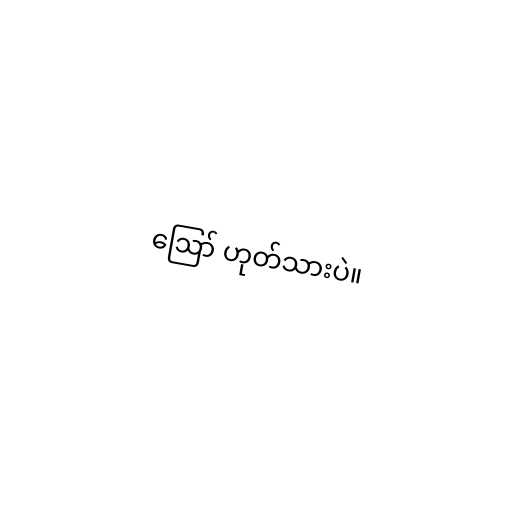
ဪ ဟုတ်သားပဲ။